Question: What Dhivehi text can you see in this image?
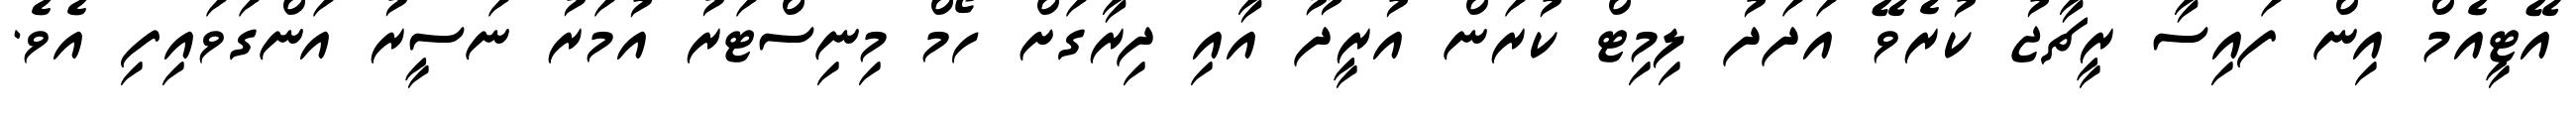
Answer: އޭޓީއެމް އިން ފައިސާ ރީޗާޖު ކުރެވޭ އަދަދު ލިމިޓް ކުރަން އުރީދޫ އާއި ދިރާގަށް ހޯމް މިނިސްޓަރު އުމަރު ނަސީރު އަންގަވައިފި އެވެ.